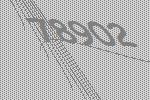
78902